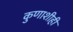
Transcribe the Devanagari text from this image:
कुणाशीही